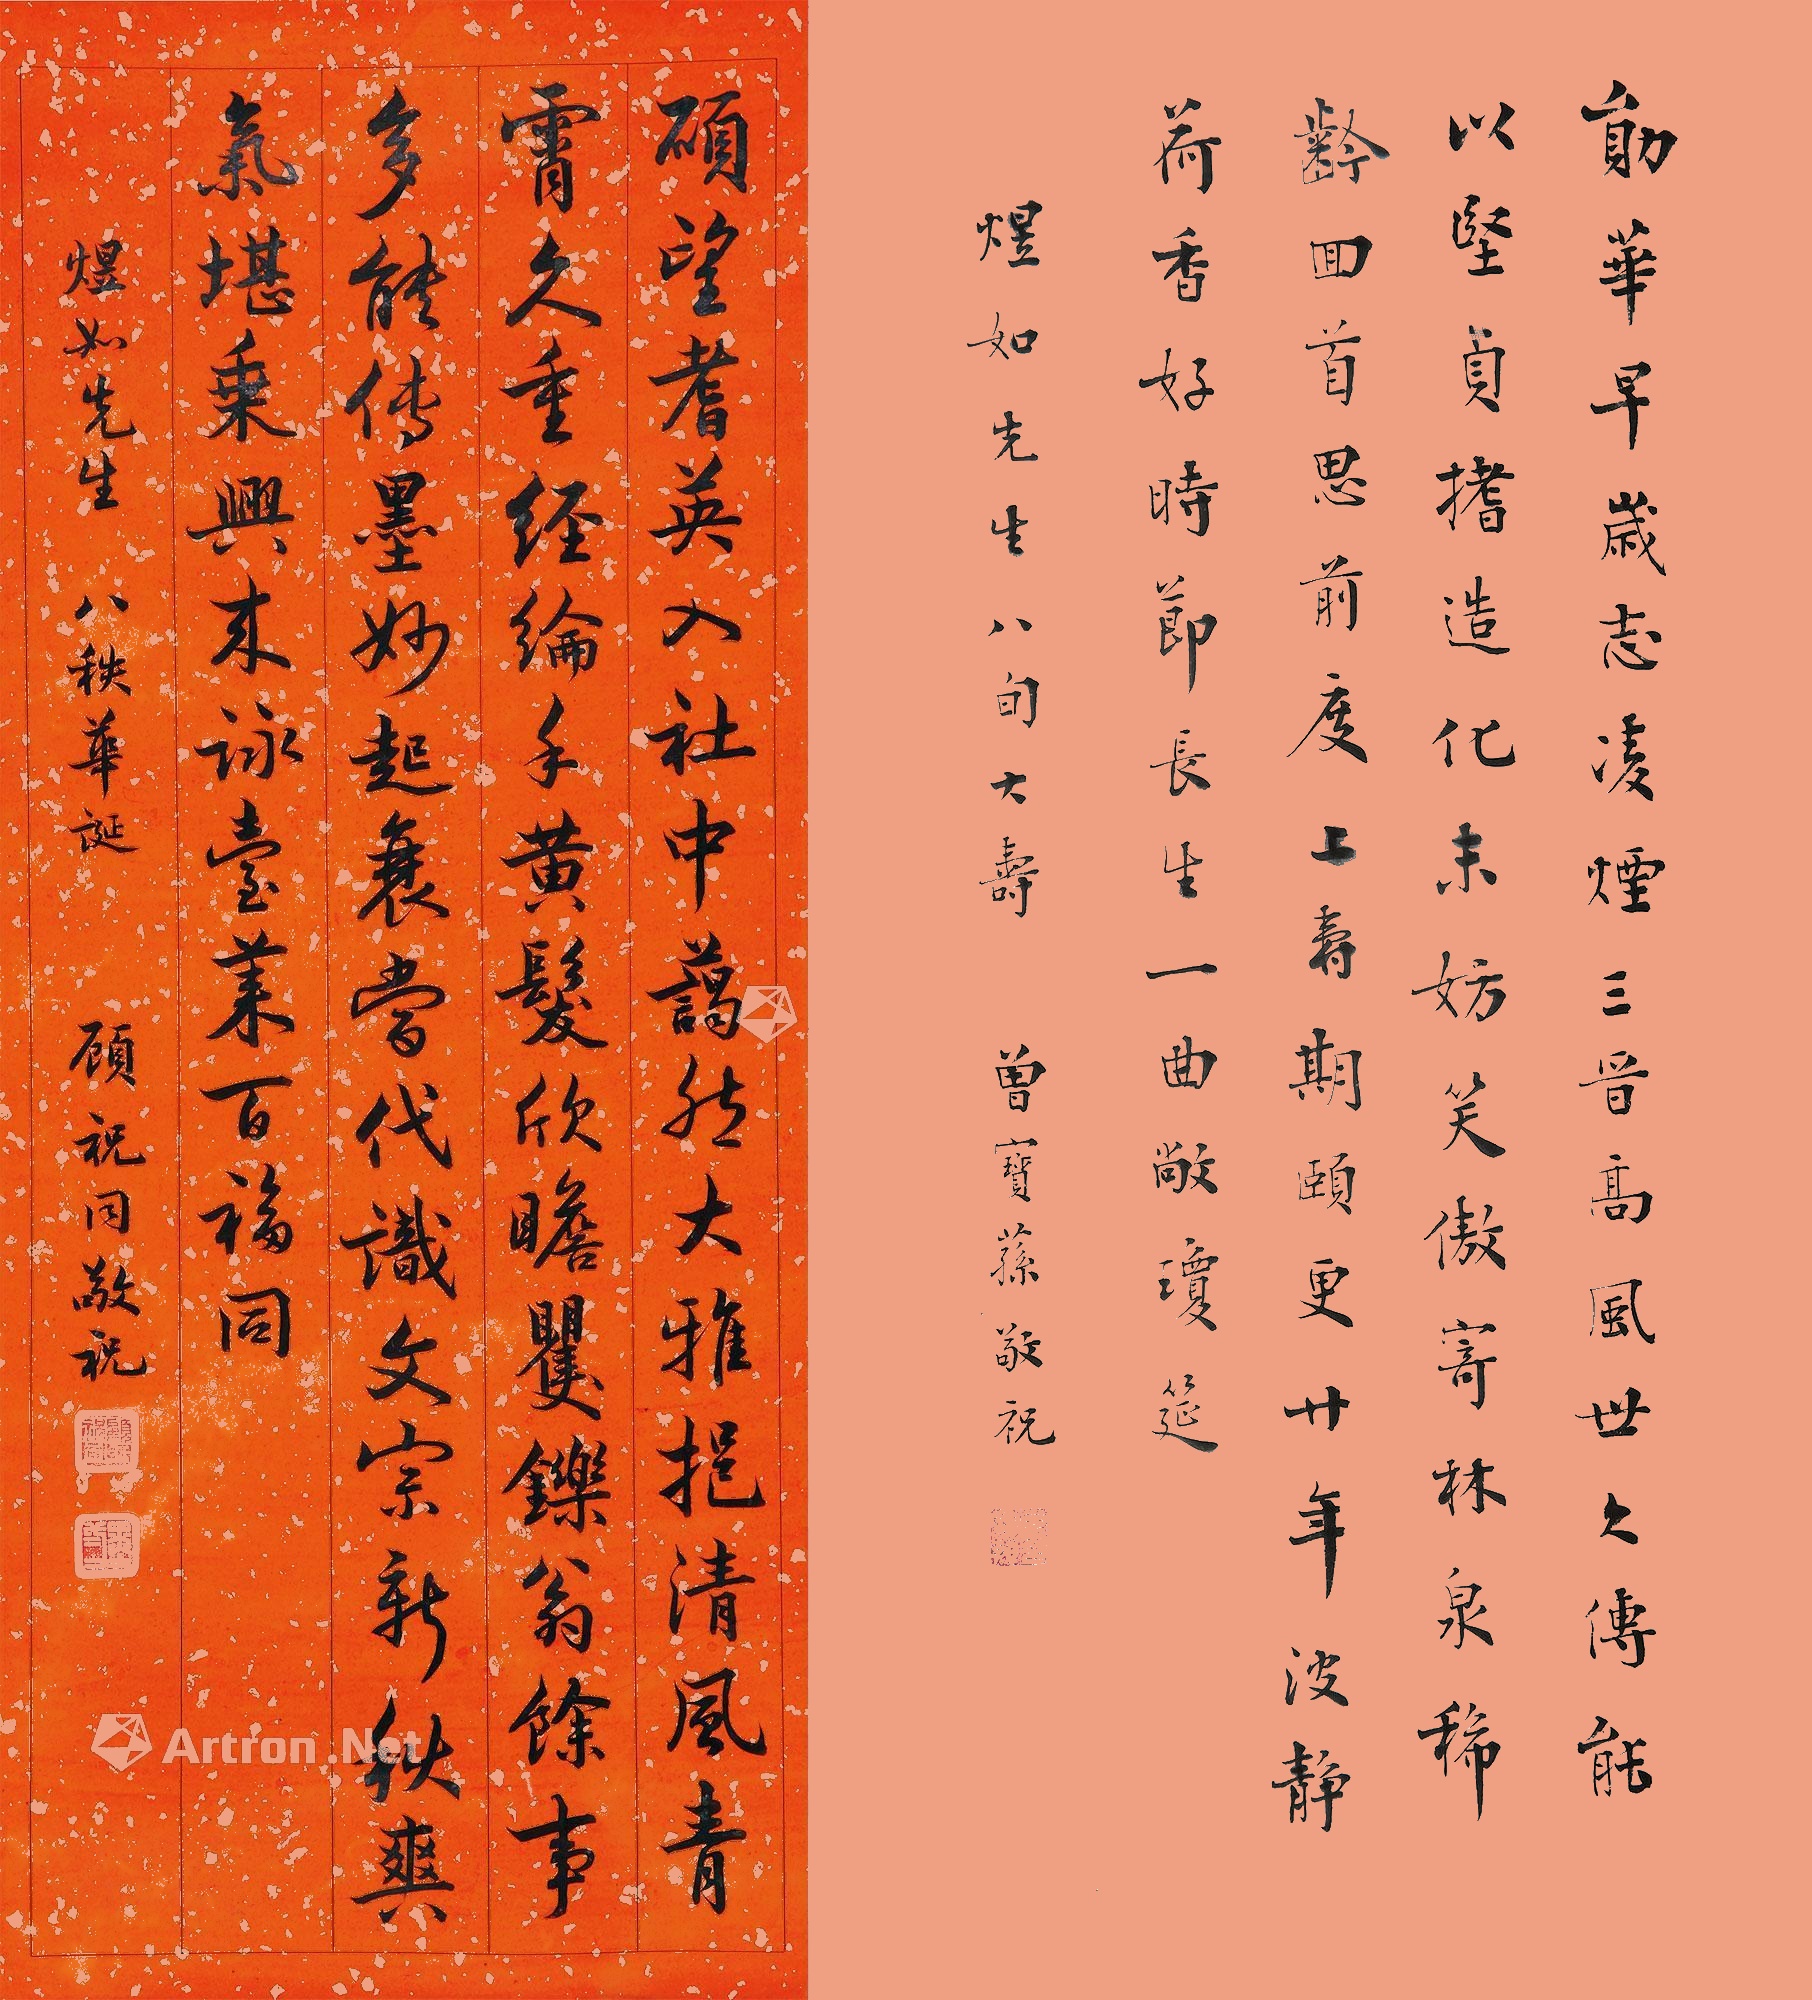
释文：1.勋华早岁志凌烟，三晋高风世久传。能以坚贞搘造化，未妨笑傲寄林泉。稀龄回首思前度，上寿期颐更廿年。波静荷香好时节，长生一曲敞琼筵。2.硕望耆英入社中，蔼然大雅挹清风。青霄久重经纶手，黄发欣瞻瞿铄翁。馀事多能传墨妙，起襄当代识文宗。新秋爽气堪乘兴，来咏台莱百福同。1.煜如先生八秩华诞，顾祝同敬祝。2.煜如先生八旬大寿，曾宝荪敬祝。